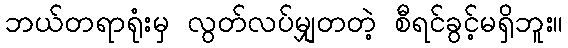
ဘယ်တရာရုံးမှ လွတ်လပ်မျှတတဲ့ စီရင်ခွင့်မရှိဘူး။